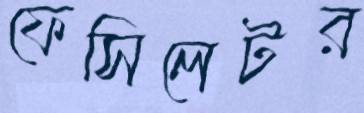
ফেসিলেটর